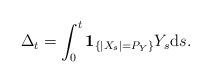
LaTeX: \begin{align*}\Delta_t = \int_0^t \mathbf{1}_{\{ |X_s| = P_Y \} } Y_s \hbox{d} s.\end{align*}